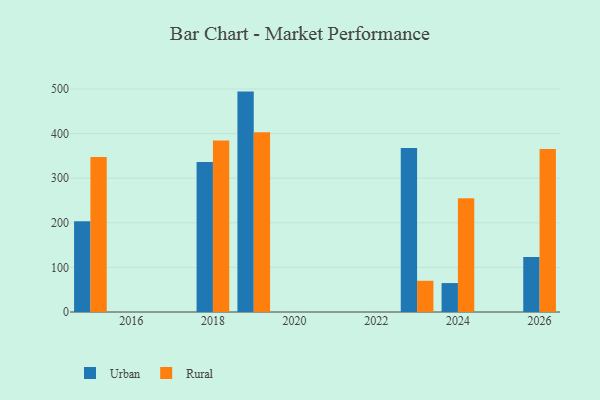
{"axis": {"x": "Year", "y": "Inventory Turnover"}, "legend": ["Rural", "Urban"], "data": [{"x": "2015", "y": 203.5, "type": "Urban"}, {"x": "2015", "y": 347.5, "type": "Rural"}, {"x": "2026", "y": 123.5, "type": "Urban"}, {"x": "2026", "y": 365.4, "type": "Rural"}, {"x": "2019", "y": 494.2, "type": "Urban"}, {"x": "2019", "y": 402.9, "type": "Rural"}, {"x": "2023", "y": 367.8, "type": "Urban"}, {"x": "2023", "y": 70.0, "type": "Rural"}, {"x": "2018", "y": 336.3, "type": "Urban"}, {"x": "2018", "y": 384.6, "type": "Rural"}, {"x": "2024", "y": 64.9, "type": "Urban"}, {"x": "2024", "y": 254.8, "type": "Rural"}]}